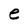
Character: e